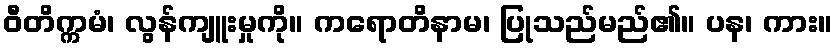
ဝီတိက္ကမံ၊ လွန်ကျူးမှုကို။ ကရောတိနာမ၊ ပြုသည်မည်၏။ ပန၊ ကား။